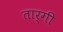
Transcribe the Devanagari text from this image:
तार्गी